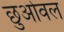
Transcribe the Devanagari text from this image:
छुओवल